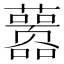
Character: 𰲖